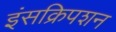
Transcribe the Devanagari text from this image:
इंसक्रिपशन